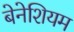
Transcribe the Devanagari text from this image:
बेनेशियम